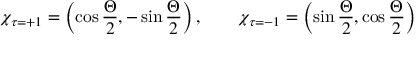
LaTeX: \chi _ { \tau = + 1 } = \left( \cos \frac { \Theta } { 2 } , - \sin \frac { \Theta } { 2 } \right) , \qquad \chi _ { \tau = - 1 } = \left( \sin \frac { \Theta } { 2 } , \cos \frac { \Theta } { 2 } \right)